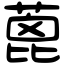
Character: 蓖